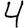
Digit: 4